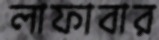
লাফাবার